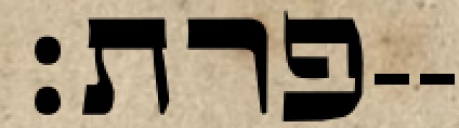
פרת׃--